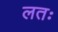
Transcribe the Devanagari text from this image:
लतः